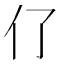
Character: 𠆨